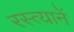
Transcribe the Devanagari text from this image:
रस्त्यानें